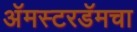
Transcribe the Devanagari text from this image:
अॅमस्टरडॅमचा